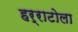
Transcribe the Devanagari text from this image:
हर्राटोला